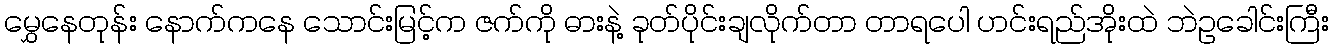
မွှေနေတုန်း နောက်ကနေ သောင်းမြင့်က ဇက်ကို ဓားနဲ့ ခုတ်ပိုင်းချလိုက်တာ တာရပေါ ဟင်းရည်အိုးထဲ ဘဲဥခေါင်းကြီး